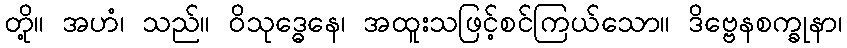
တို့။ အဟံ၊ သည်။ ဝိသုဒ္ဓေနေ၊ အထူးသဖြင့်စင်ကြယ်သော။ ဒိဗ္ဗေနစက္ခုနာ၊